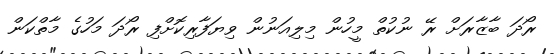
ރޯދަ ބާޒާރަށް ރޭ ނުކުތް މީހުން މިލިއަނުން ވިޔަފާރިކޮށްފި ރޯދަ މަހުގެ މާތްކަން